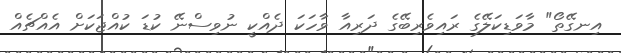
އިނގޭތޯ" މާވަޑިކަލޭގެ ރައިވެރިބޭގެ ދަރިއާ ވާހަކަ ދެއްކީ ނުވިސްނޭ ކުޑަ ކުއްޖަކަށް އެއްޗެއް